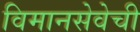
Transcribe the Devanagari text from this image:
विमानसेवेची